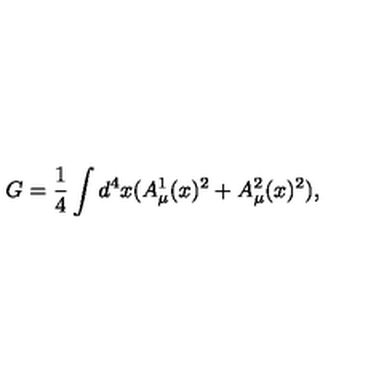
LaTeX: G = \frac { 1 } { 4 } \int d ^ { 4 } x ( A _ { \mu } ^ { 1 } ( x ) ^ { 2 } + A _ { \mu } ^ { 2 } ( x ) ^ { 2 } ) ,